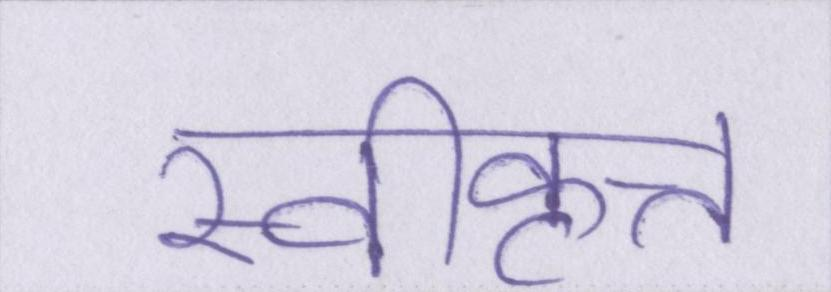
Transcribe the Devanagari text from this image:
स्वीकृत्त